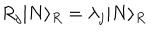
R _ { j } | N \rangle _ { R } = \lambda _ { j } | N \rangle _ { R }